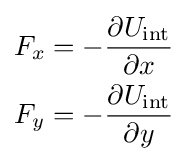
{\begin{aligned}F_{x}&=-{\frac {\partial U_{\rm {int}}}{\partial x}}\\F_{y}&=-{\frac {\partial U_{\rm {int}}}{\partial y}}\end{aligned}}